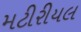
મટીરીયલ